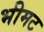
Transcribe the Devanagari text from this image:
भीमट